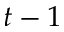
{ t - 1 }